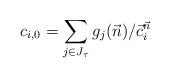
LaTeX: \begin{align*} c_{i,0} = \sum_{j \in J_\tau} g_j(\vec n)/\vec c_i^{\vec n} \qquad \end{align*}